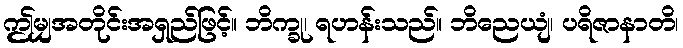
ဤမျှအတိုင်းအရှည်ဖြင့်။ ဘိက္ခု၊ ရဟန်းသည်။ ဘိညေယျံ၊ ပရိဇာနာတိ၊